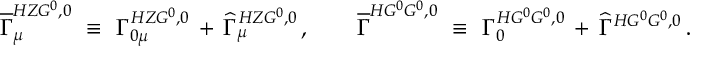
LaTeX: \overline { { { \Gamma } } } _ { \mu } ^ { H Z G ^ { 0 } , 0 } \ \equiv \ \Gamma _ { 0 \mu } ^ { H Z G ^ { 0 } , 0 } \, + \, \widehat { \Gamma } _ { \mu } ^ { H Z G ^ { 0 } , 0 } \, , \qquad \overline { { { \Gamma } } } ^ { H G ^ { 0 } G ^ { 0 } , 0 } \ \equiv \ \Gamma _ { 0 } ^ { H G ^ { 0 } G ^ { 0 } , 0 } \, + \, \widehat { \Gamma } ^ { H G ^ { 0 } G ^ { 0 } , 0 } \, .